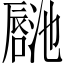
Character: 𪢏